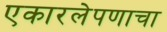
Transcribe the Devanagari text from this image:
एकारलेपणाचा